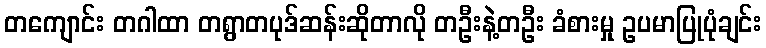
တကျောင်း တဂါထာ တရွာတပုဒ်ဆန်းဆိုတာလို တဦးနဲ့တဦး ခံစားမှု ဥပမာပြုပုံချင်း